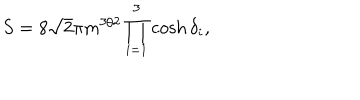
S = 8 \sqrt { 2 } \pi m ^ { 3 / 2 } \prod _ { i = 1 } ^ { 3 } \cosh \delta _ { i } ,